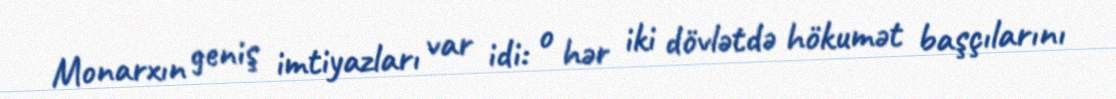
Monarxın geniş imtiyazları var idi: o hər iki dövlətdə hökumət başçılarını